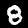
Digit: 8